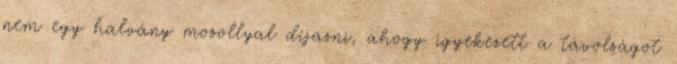
nem egy halvány mosollyal díjazni, ahogy igyekezett a távolságot